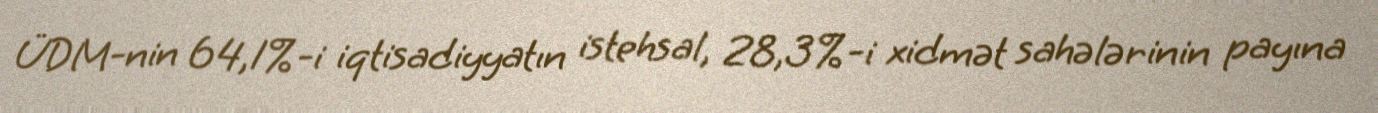
ÜDM-nin 64,1%-i iqtisadiyyatın istehsal, 28,3%-i xidmət sahələrinin payına